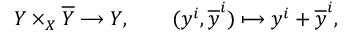
Y \times _ { X } { \overline { { Y } } } \longrightarrow Y , \qquad ( y ^ { i } , { \overline { { y } } } ^ { i } ) \longmapsto y ^ { i } + { \overline { { y } } } ^ { i } ,